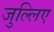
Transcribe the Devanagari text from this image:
जुल्लिए